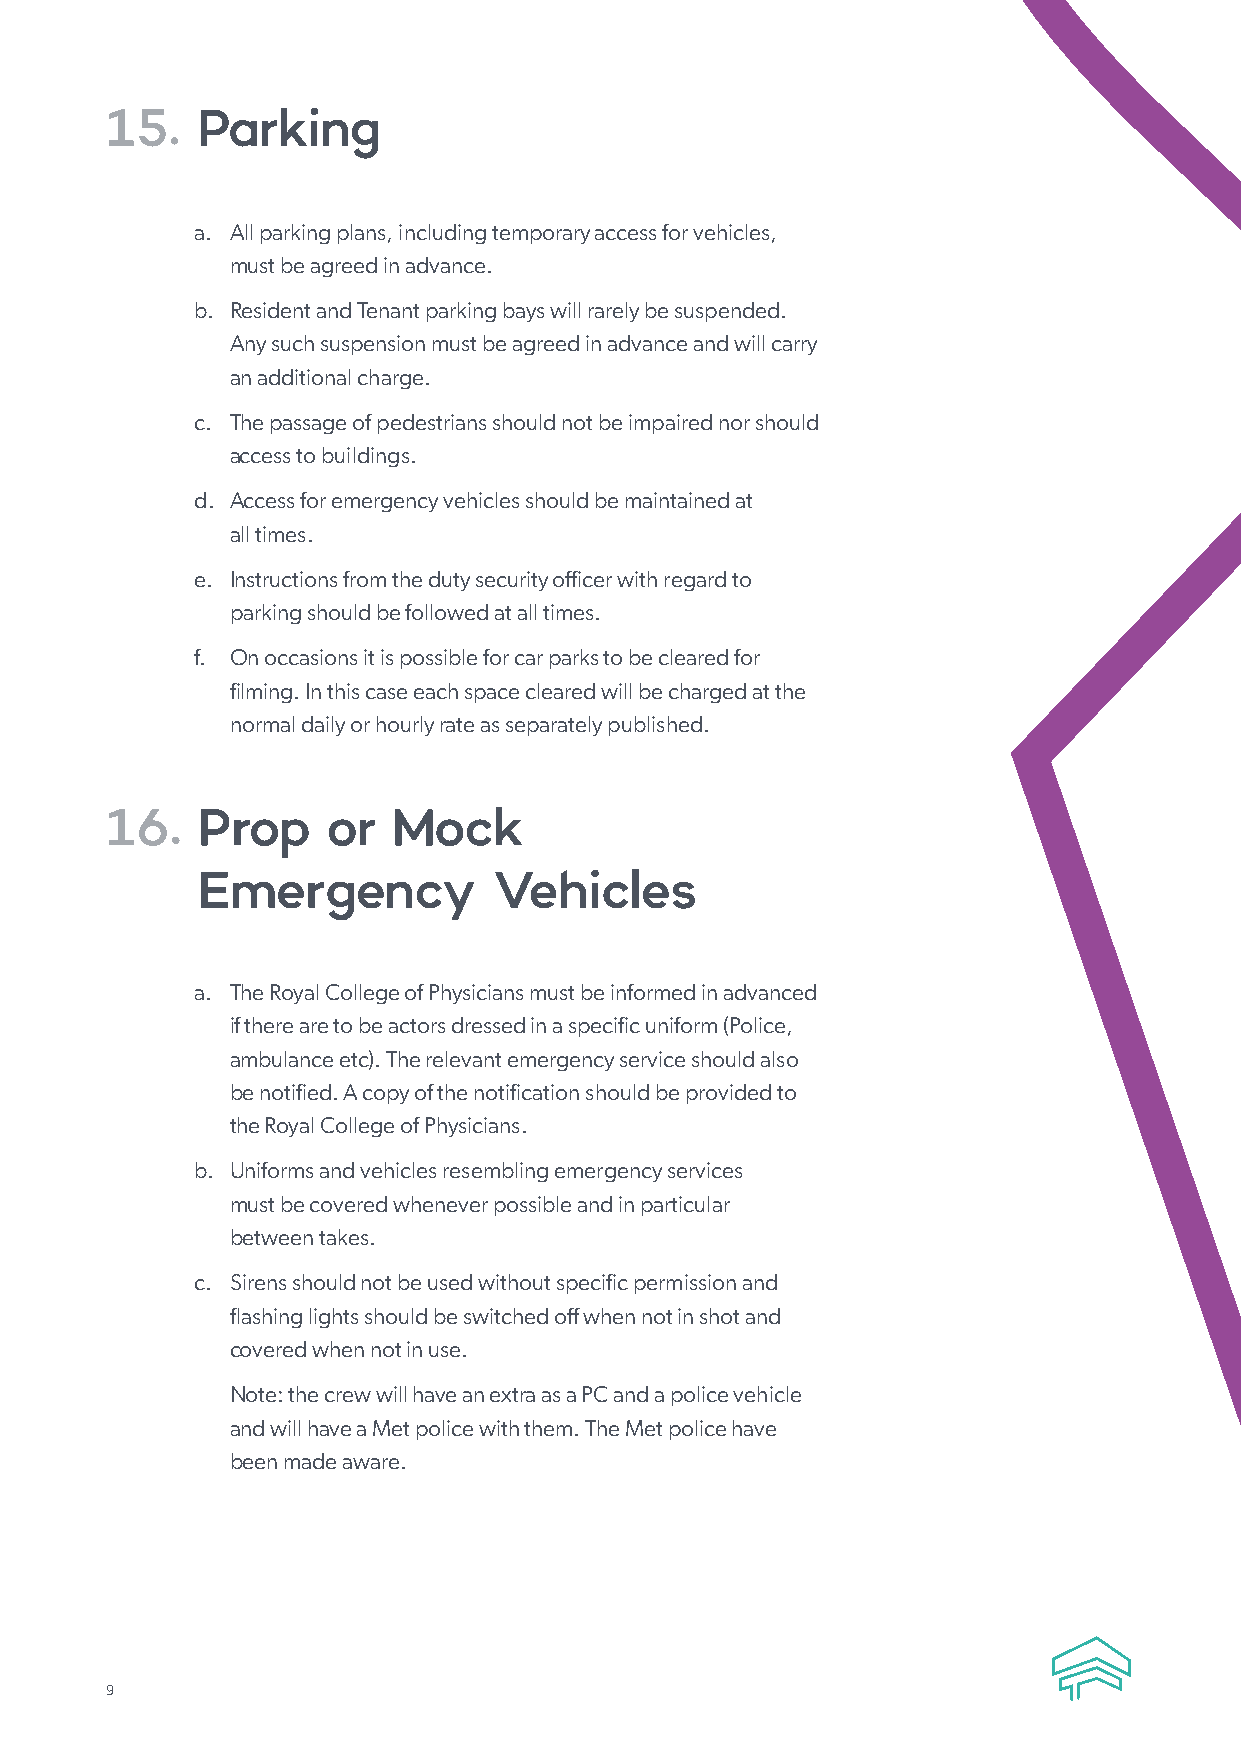
15.   Parking
 a. All parking plans, including temporary access for vehicles,
 must be agreed in advance.
 b. Resident and Tenant parking bays will rarely be suspended.
 Any such suspension must be agreed in advance and will carry
 an additional charge.
 c. The passage of pedestrians should not be impaired nor should
 access to buildings.
 d. Access for emergency vehicles should be maintained at
 all times.
 e. Instructions from the duty security officer with regard to
 parking should be followed at all times.
 f. On occasions it is possible for car parks to be cleared for
 filming. In this case each space cleared will be charged at the
 normal daily or hourly rate as separately published.
 16.   Prop     or  Mock
 Emergency           Vehicles
 a. The Royal College of Physicians must be informed in advanced
 if there are to be actors dressed in a specific uniform (Police,
 ambulance etc). The relevant emergency service should also
 be notified. A copy of the notification should be provided to
 the Royal College of Physicians.
 b. Uniforms and vehicles resembling emergency services
 must be covered whenever possible and in particular
 between takes.
 c. Sirens should not be used without specific permission and
 flashing lights should be switched off when not in shot and
 covered when not in use.
 Note: the crew will have an extra as a PC and a police vehicle
 and will have a Met police with them. The Met police have
 been made aware.
 9